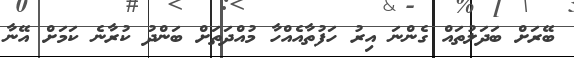
ބޭރަށް ބަދަލުތައް ގެންނަ އިރު ހަފުތާއެއްހާ މުއްދަތަށް ބަންދު ކުރާނެ ކަމަށް އޭނާ